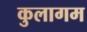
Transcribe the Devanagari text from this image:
कुलागम